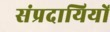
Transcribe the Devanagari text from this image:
संप्रदायियों